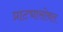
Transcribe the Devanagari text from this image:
प्राट्यासोबत